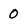
Character: O